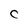
Character: C